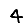
Digit: 4